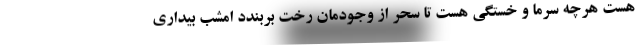
هست هرچه سرما و خستگی هست تا سحر از وجودمان رخت بربندد امشب بیداری